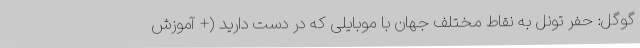
گوگل: حفر تونل به نقاط مختلف جهان با موبایلی که در دست دارید (+ آموزش